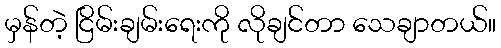
မှန်တဲ့ ငြိမ်းချမ်းရေးကို လိုချင်တာ သေချာတယ်။